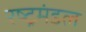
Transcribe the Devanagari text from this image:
रष्ट्रमंडल